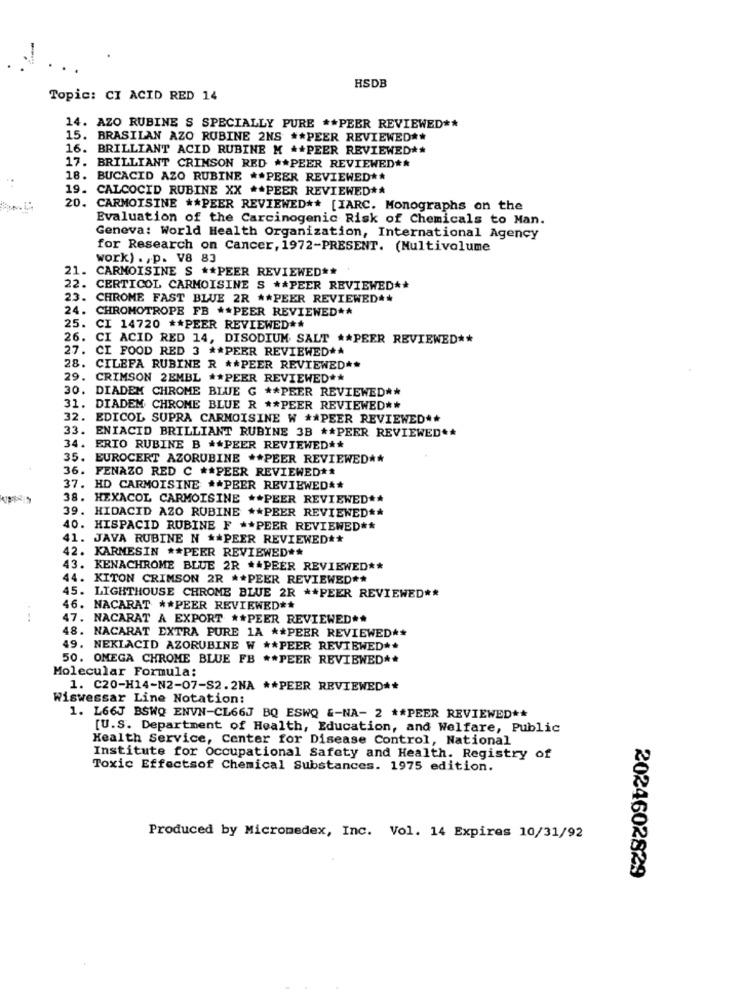
HSDB
Topic: CI ACID RED 14
14. AZO RUBINE S SPECIALLY PURE ** PEER REVIEWED **
15. BRASILAN AZO RUBINE 2NS ** PEER REVIEWED **
16. BRILLIANT ACID RUBINE M ** PEER REVIEWED **
17. BRILLIANT CRIMSON RED ** PEER REVIEWED **
18. BUCACID AZO RUBINE ** PEER REVIEWED **
19. CALCOCID RUBINE XX ** PEER REVIEWED **
20. CARMOISINE ** PEER REVIEWED ** [IARC. Monographs on the
Evaluation of the Carcinogenic Risk of Chemicals to Man.
Geneva: World Health Organization, International Agency
for Research on Cancer, 1972-PRESENT. (Multivolume
work) ., p. V8 83
21. CARMOISINE S ** PEER REVIEWED **
22. CERTICOL CARMOISINE S ** PEER REVIEWED **
23. CHROME FAST BLUE 2R ** PEER REVIEWED **
24. CHROMOTROPE FB ** PEER REVIEWED **
25. CI 14720 ** PEER REVIEWED **
26. CI ACID RED 14, DISODIUM SALT ** PEER REVIEWED **
27. CI FOOD RED 3 ** PEER REVIEWED **
28. CILEFA RUBINE R ** PEER REVIEWED **
29. CRIMSON 2EMBL ** PEER REVIEWED **
30. DIADEM CHROME BLUE G ** PEER REVIEWED **
31. DIADEM CHROME BLUE R ** PEER REVIEWED **
32. EDICOL SUPRA CARMOISINE W ** PEER REVIEWED **
33. ENIACID BRILLIANT RUBINE 3B ** PEER REVIEWED **
34. ERIO RUBINE B ** PEER REVIEWED **
35. EUROCERT AZORUBINE ** PEER REVIEWED **
36. FENAZO RED C ** PEER REVIEWED **
37. HD CARMOISINE ** PEER REVIEWED **
38. HEXACOL CARMOISINE ** PEER REVIEWED **
39. HIDACID AZO RUBINE ** PEER REVIEWED **
40. HISPACID RUBINE F ** PEER REVIEWED **
41. JAVA RUBINE N ** PEER REVIEWED **
42. KARMESIN ** PEER REVIEWED **
43. KENACHROME BLUE 2R ** PEER REVIEWED **
44. KITON CRIMSON 2R ** PEER REVIEWED **
45. LIGHTHOUSE CHROME BLUE 2R ** PEER REVIEWED **
46. NACARAT ** PEER REVIEWED **
47.
NACARAT A EXPORT ** PEER REVIEWED **
48. NACARAT EXTRA PURE 1A ** PEER REVIEWED **
49. NEKIACID AZORUBINE W ** PEER REVIEWED **
50. OMEGA CHROME BLUE FB ** PEER REVIEWED **
Molecular Formula:
1. C20-H14-N2-07-S2.2NA ** PEER REVIEWED **
Wiswessar Line Notation:
1. L66J BSWQ ENVN-CL66J BQ ESWQ &-NA- 2 ** PEER REVIEWED **
[U.S. Department of Health, Education, and Welfare, Public
Health Service, Center for Disease Control, National
Institute for Occupational Safety and Health. Registry of
Toxic Effectsof Chemical Substances. 1975 edition.
Produced by Micromedex, Inc. Vol. 14 Expires 10/31/92
2024602829